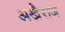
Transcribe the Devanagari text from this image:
अखैराज